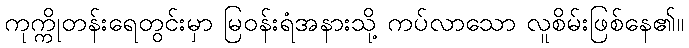
ကုက္ကိုတန်းရေတွင်းမှာ မြဝန်းရံအနားသို့ ကပ်လာသော လူစိမ်းဖြစ်နေ၏။